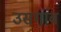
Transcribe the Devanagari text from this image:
उसगांव